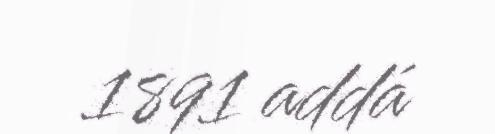
1891 addá